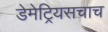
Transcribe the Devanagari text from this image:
डेमेट्रियसचाच